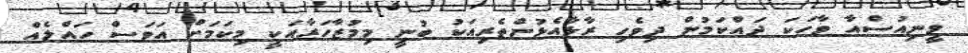
ވީނިއުސްއާ ވާހަކަ ދައްކަމުން ދިވެހި ރާޅާއެޅުންތެރިއަކު ބުނީ މިމުޒާހަރާއަކީ މިކަމަށް އަވަސް ހައްލެއް